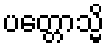
ပတ္တောသ္မိ